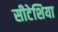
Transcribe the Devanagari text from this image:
सीटेशिया